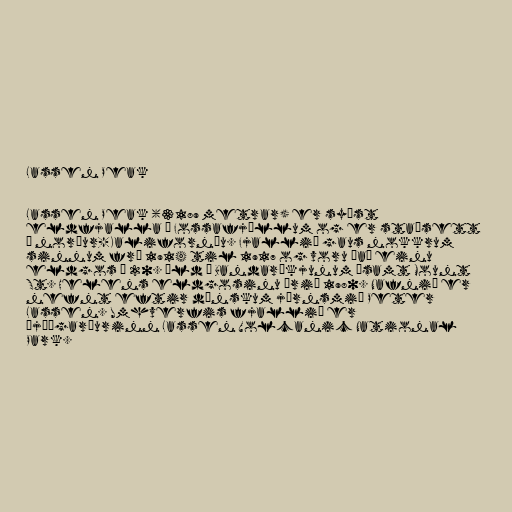
Lassen Peak

Lassen Peak (3189 metrar) er syðst
eldfjalla í Fossafjöllum og er staðsett
í norður-Kaliforníu. Fjallið gaus nokkrum
sinnum frá 1914 til 1917 og voru það einu
eldgos á 20. öld í Bandaríkjunum ásamt Mount
St. Helens eldgosinu árið 1980. Nafnið er
nefnt eftir dönskum járnsmið Peter
Lassen. Umhverfis fjallið er
þjóðgarðurinn Lassen Volcanic National
Park.